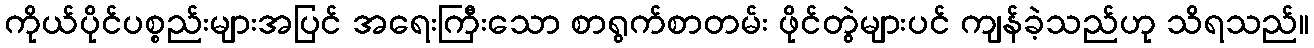
ကိုယ်ပိုင်ပစ္စည်းများအပြင် အရေးကြီးသော စာရွက်စာတမ်း ဖိုင်တွဲများပင် ကျန်ခဲ့သည်ဟု သိရသည်။